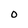
Character: O